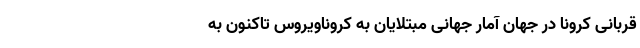
قربانی کرونا در جهان آمار جهانیِ مبتلایان به کروناویروس تاکنون به